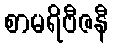
စာမရိဗီဇနီ